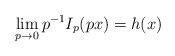
\begin{align*}\lim_{p\to 0} p^{-1} I_p(px) = h(x)\end{align*}